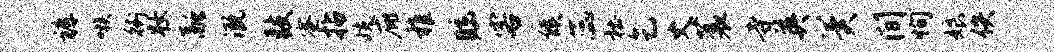
裤嗾街妆融溉鼓蜜拈歧庇稚眩客候蕊杜乞丈蓑寺英冀间恂娘佚